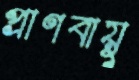
প্রাণবায়ু